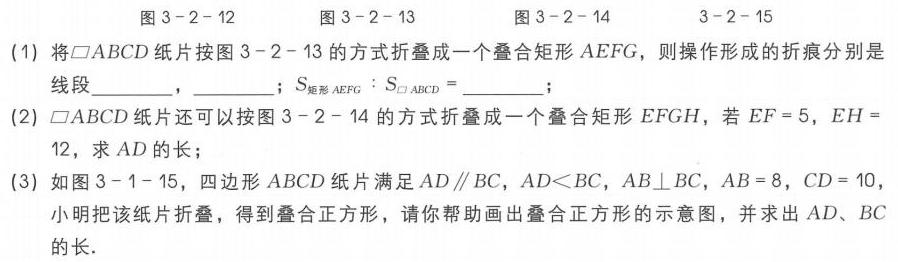
图3 - 2 - 12  图3 - 2 - 13  图3 - 2 - 14  3 - 2 - 15
(1) 将\(\square ABCD\)纸片按图3 - 2 - 13的方式折叠成一个叠合矩形\(AEFG\)，则操作形成的折痕分别是线段______，______；\(S_{矩形AEFG}:S_{\square ABCD}=\)______.
(2) \(\square ABCD\)纸片还可以按图3 - 2 - 14的方式折叠成一个叠合矩形\(EFGH\)，若\(EF = 5\)，\(EH = 12\)，求\(AD\)的长；
(3) 如图3 - 1 - 15，四边形\(ABCD\)纸片满足\(AD\parallel BC\)，\(AD\lt BC\)，\(AB\perp BC\)，\(AB = 8\)，\(CD = 10\)，小明把该纸片折叠，得到叠合正方形，请你帮助画出叠合正方形的示意图，并求出\(AD\)、\(BC\)的长.